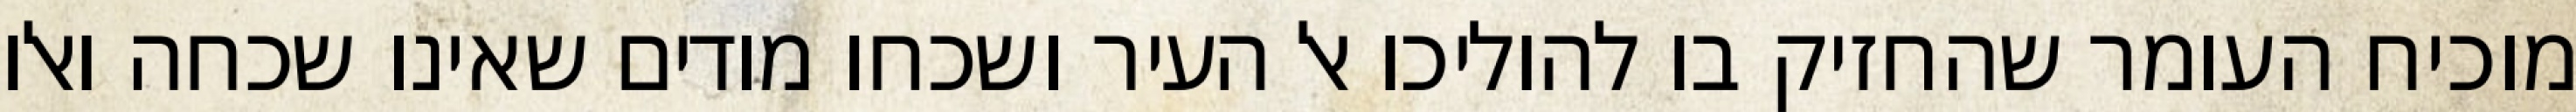
מוכיח העומר שהחזיק בו להוליכו אל העיר ושכחו מודים שאינו שכחה ואלו